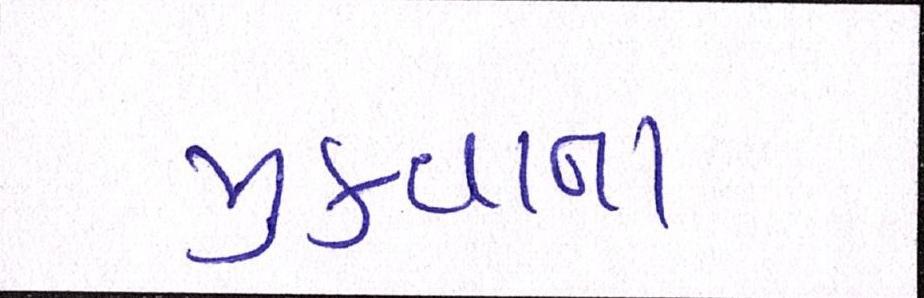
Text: મુકવાના